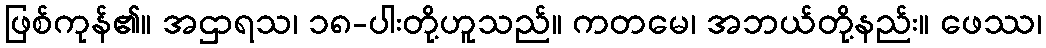
ဖြစ်ကုန်၏။ အဌာရသ၊ ၁၈-ပါးတို့ဟူသည်။ ကတမေ၊ အဘယ်တို့နည်း။ ဖေဿ၊